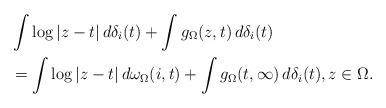
LaTeX: \begin{align*}&\int \log|z-t|\,d\delta_i(t) + \int g_\Omega(z,t)\,d\delta_i(t) \\ &= \int \log|z-t|\,d\omega_{\Omega}(i,t) + \int g_\Omega(t,\infty)\,d\delta_i(t), z\in\Omega.\end{align*}